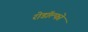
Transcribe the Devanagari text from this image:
रोडॉल्फो